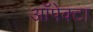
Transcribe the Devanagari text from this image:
ऑपेक्टा